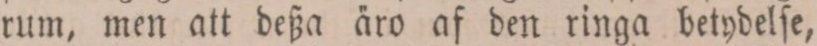
rum, men att deßa äro af den ringa betydelſe,